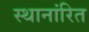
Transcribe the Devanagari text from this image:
स्थानांरित